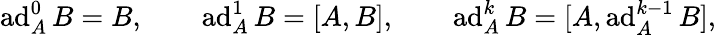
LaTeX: \begin{array}{r}{\operatorname{ad}_{A}^{0}B=B,\qquad\operatorname{ad}_{A}^{1}B=[A,B],\qquad\operatorname{ad}_{A}^{k}B=[A,\operatorname{ad}_{A}^{k-1}B],}\end{array}